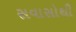
સવાસોથી